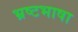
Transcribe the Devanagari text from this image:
भ्रष्टभाषा